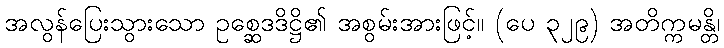
အလွန်ပြေးသွားသော ဥစ္ဆေဒဒိဋ္ဌိ၏ အစွမ်းအားဖြင့်။ (ပေ ၃၂၉) အတိက္ကမန္တိ၊